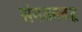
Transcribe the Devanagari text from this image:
संगठनबद्ध